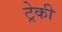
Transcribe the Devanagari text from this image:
ट्रेकी